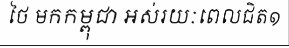
ថៃ មកកម្ពុជា អស់រយៈពេលជិត១